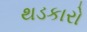
થડકારો